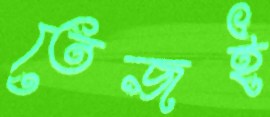
তেজই